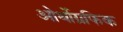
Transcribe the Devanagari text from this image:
ओर्थोग्रफिक